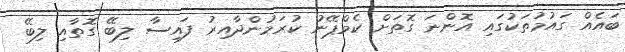
ބައެއް ގައުމުތަކުގައި އޮންނަ ގޮތަށް ކެމްޕޭނު ކުރަމުންދާއިރު ފައިސާ ލިބޭ ގޮތާއި ލިބޭ